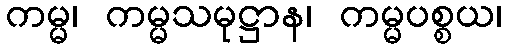
ကမ္မ၊ ကမ္မသမုဋ္ဌာန၊ ကမ္မပစ္စယ၊